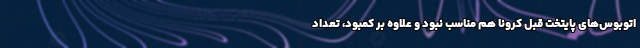
اتوبوس‌های پایتخت قبل کرونا هم مناسب نبود و علاوه بر کمبود، تعداد